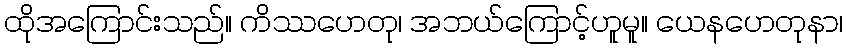
ထိုအကြောင်းသည်။ ကိဿဟေတု၊ အဘယ်ကြောင့်ဟူမူ။ ယေနဟေတုနာ၊